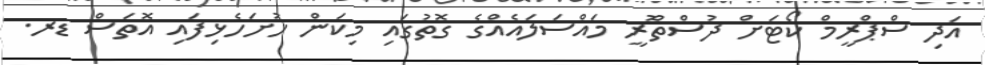
އަދި ސްޕްރީމް ކޯޓަށް ދުސްތޫެރީ މައްސަލައެއްގެ ގޮތުގައި މިކަން ހުށަހެޅިފައި އޮތަސް ޑރ.